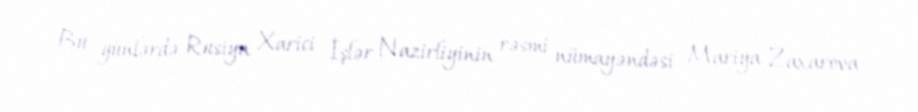
Bu günlərdə Rusiya Xarici İşlər Nazirliyinin rəsmi nümayəndəsi Mariya Zaxarova